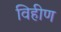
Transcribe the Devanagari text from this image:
विहीण